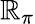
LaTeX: \mathbb{R}_{\pi}